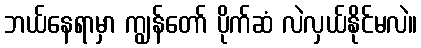
ဘယ်နေရာမှာ ကျွန်တော် ပိုက်ဆံ လဲလှယ်နိုင်မလဲ။